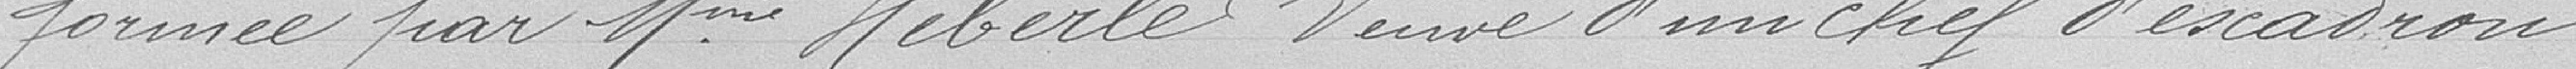
formée par Madame Heberlé Veuve d'un chef d'escadron